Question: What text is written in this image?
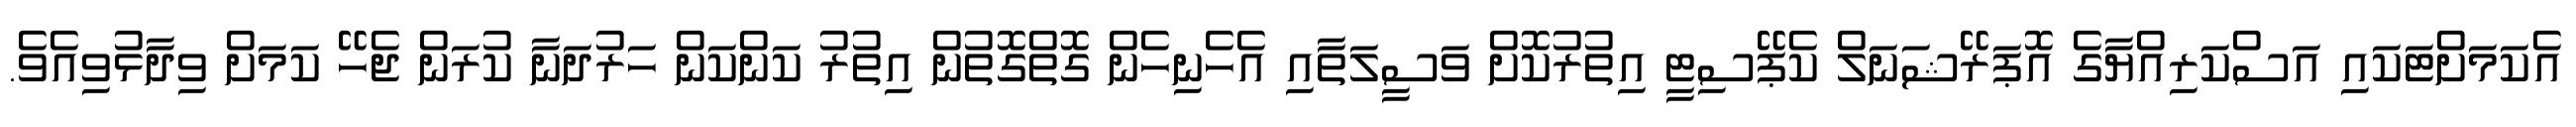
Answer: އެކަމަށްޓަކައި އަސްކަރިއްޔާގެ އޮޕަރޭޝަނަލް ކެޕޭސިޓީ އިތުރުކޮށް ވަސީލަތާއި އެހެނިހެން ގޮތްގޮތުން އިތުރު ކަންކަން ހަރުދަނާ ކުރަން ޖެހޭ ކަމަށް ވިދާޅުވިއެވެ.